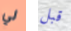
لي قبل